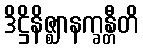
ဒိဋ္ဌိနိဇ္ဈာနက္ခန္တီတိ